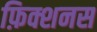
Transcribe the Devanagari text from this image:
फ़िक्शनस